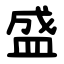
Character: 盛